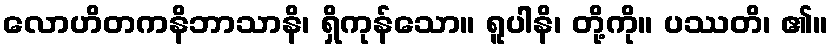
လောဟိတကနိဘာသာနိ၊ ရှိကုန်သော။ ရူပါနိ၊ တို့ကို။ ပဿတိ၊ ၏။